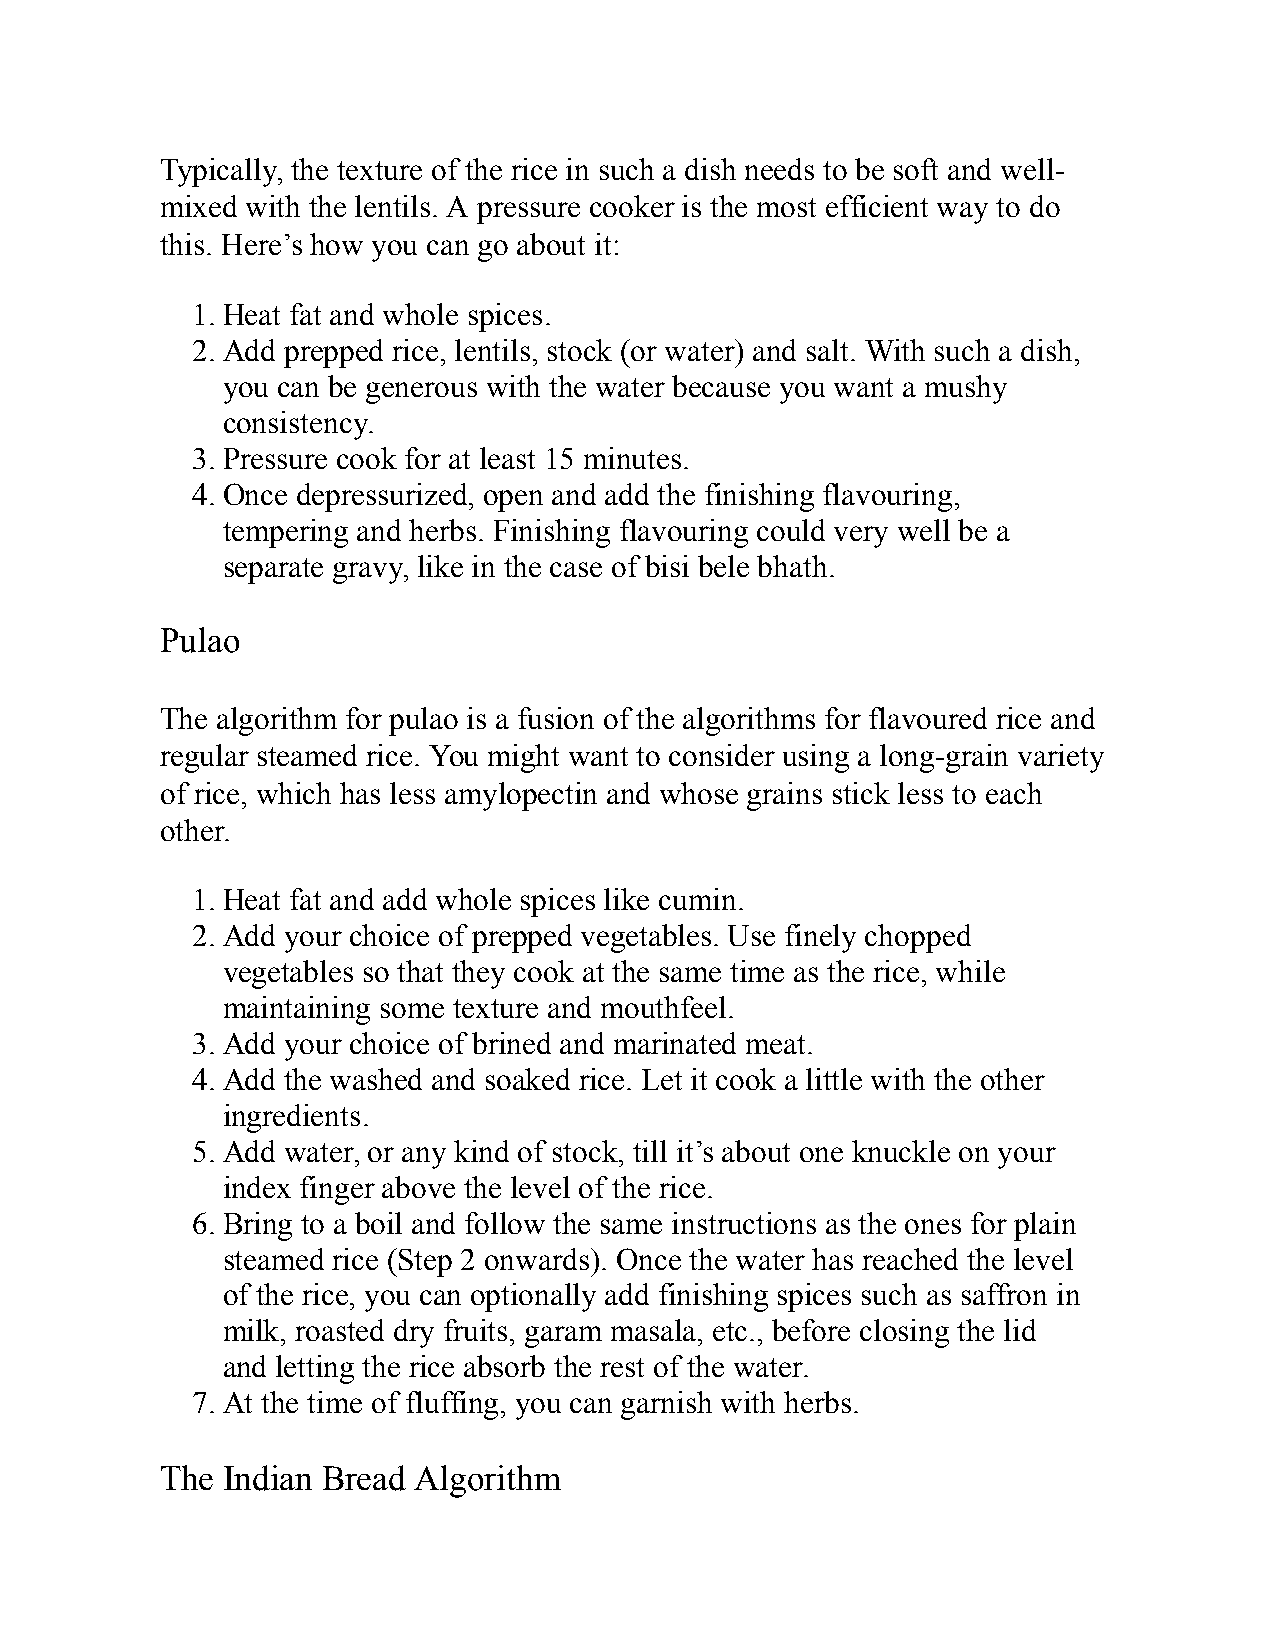
Typically, the texture of the rice in such a dish needs to be soft and well-
 mixed with the lentils. A pressure cooker is the most efficient way to do
 this. Here’s how you can go about it:
 1. Heat fat and whole spices.
 2. Add prepped rice, lentils, stock (or water) and salt. With such a dish,
 you can be generous with the water because you want a mushy
 consistency.
 3. Pressure cook for at least 15 minutes.
 4. Once depressurized, open and add the finishing flavouring,
 tempering and herbs. Finishing flavouring could very well be a
 separate gravy, like in the case of bisi bele bhath.
 Pulao
 The algorithm for pulao is a fusion of the algorithms for flavoured rice and
 regular steamed rice. You might want to consider using a long-grain variety
 of rice, which has less amylopectin and whose grains stick less to each
 other.
 1. Heat fat and add whole spices like cumin.
 2. Add your choice of prepped vegetables. Use finely chopped
 vegetables so that they cook at the same time as the rice, while
 maintaining some texture and mouthfeel.
 3. Add your choice of brined and marinated meat.
 4. Add the washed and soaked rice. Let it cook a little with the other
 ingredients.
 5. Add water, or any kind of stock, till it’s about one knuckle on your
 index finger above the level of the rice.
 6. Bring to a boil and follow the same instructions as the ones for plain
 steamed rice (Step 2 onwards). Once the water has reached the level
 of the rice, you can optionally add finishing spices such as saffron in
 milk, roasted dry fruits, garam masala, etc., before closing the lid
 and letting the rice absorb the rest of the water.
 7. At the time of fluffing, you can garnish with herbs.
 The Indian Bread Algorithm